Investigations on Bengal jail dietaries - Number 37
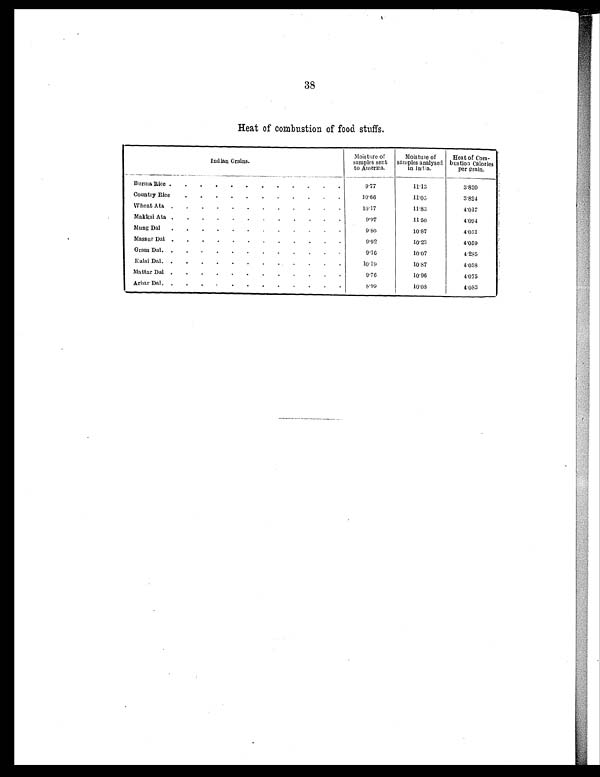
38
Heat of combustion of food stuffs.
Indian Grains.
Moisture of
samples sent
to America.
Moisture of
samples analyse
d in India.
Heat of Com-
bustion Calories
per grain.
Burma Rice
9.77
11.13
3.820
Country Rice
10.66
11.05
3.824
Wheat Ata
10.17
11.83
4.017
Makkai Ata
9.97
11.50
4 . 0 9 4
Mung Dal
9.80
10.87
4.051
Massur Dal
9.92
10.23
4.059
Gram Dal
9.16
10.07
4.285
Kalai Dal
10.19
10.87
4 . 0 3 8
Mattar Dal
9 . 7 6
10.96
4 . 0 7 5
Arhar Dal
8.99
10.08
4.083